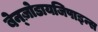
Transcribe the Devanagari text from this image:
बेन्ज़ोडायजिपाइन्स